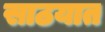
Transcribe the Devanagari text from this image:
साठयात